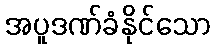
အပူဒဏ်ခံနိုင်သော